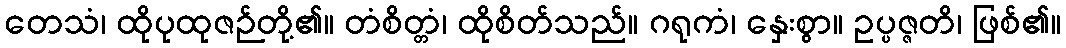
တေသံ၊ ထိုပုထုဇဉ်တို့၏။ တံစိတ္တံ၊ ထိုစိတ်သည်။ ဂရုကံ၊ နှေးစွာ။ ဥပ္ပဇ္ဇတိ၊ ဖြစ်၏။